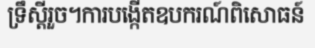
ទ្រឹស្តីរួច។ការបង្កើតឧបករណ៍ពិសោធន៍